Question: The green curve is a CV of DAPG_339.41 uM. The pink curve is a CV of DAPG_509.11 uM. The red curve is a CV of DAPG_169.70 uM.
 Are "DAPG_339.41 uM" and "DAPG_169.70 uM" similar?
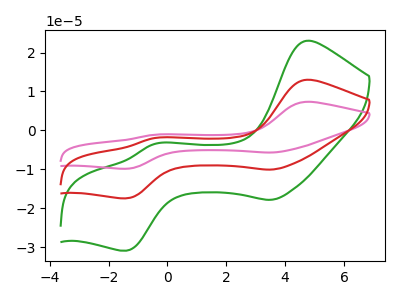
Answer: <think>The green curve "DAPG_339.41 uM" has anodic peaks at (4.70V, 23.00uA) (-0.45V, -3.50uA) and cathodic peaks at (3.50V, -17.85uA) (-1.40V, -30.90uA). The pink curve "DAPG_509.11 uM" has anodic peaks at (4.70V, 26.00uA) (-0.45V, -3.95uA) and cathodic peaks at (3.50V, -20.15uA) (-1.40V, -34.90uA). The red curve "DAPG_169.70 uM" has anodic peaks at (4.70V, 13.00uA) (-0.45V, -1.95uA) and cathodic peaks at (3.50V, -10.05uA) (-1.40V, -17.45uA).
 All the peaks in "DAPG_339.41 uM" have a peak in "DAPG_169.70 uM" at the same potential.</think>
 <answer>"DAPG_339.41 uM" and "DAPG_169.70 uM" are similar in shape.</answer>
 <eval>same_shape</eval>